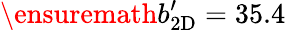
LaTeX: \ensuremath{b_{\mathrm{2D}}^{\prime}}=35.4